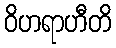
ဝိဟရာဟီတိ